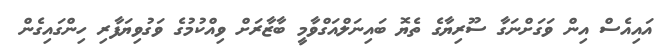
އައިއެސް އިން ވަގަށްނަގާ ސޫރިޔާގެ ތެޔޮ ބައިނަލްއަގްވާމީ ބާޒާރަށް ވިއްކުމުގެ ވަގުވިޔަފާރި ހިންގައިގެން